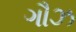
ગૌઝ